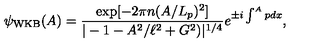
\psi _ { \mathrm { W K B } } ( A ) = \frac { \exp [ - 2 \pi n ( A / L _ { p } ) ^ { 2 } ] } { | - 1 - A ^ { 2 } / \ell ^ { 2 } + G ^ { 2 } ) | ^ { 1 / 4 } } e ^ { \pm i \int ^ { A } p d x } ,